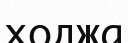
ходжа